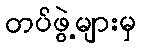
တပ်ဖွဲ့များမှ